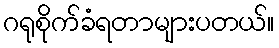
ဂရုစိုက်ခံရတာများပတယ်။